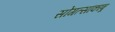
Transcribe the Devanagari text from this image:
सोंगत्सांकांबू